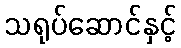
သရုပ်ဆောင်နှင့်